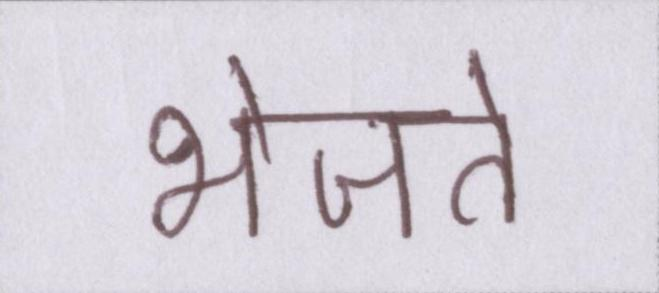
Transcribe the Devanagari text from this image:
भेजते